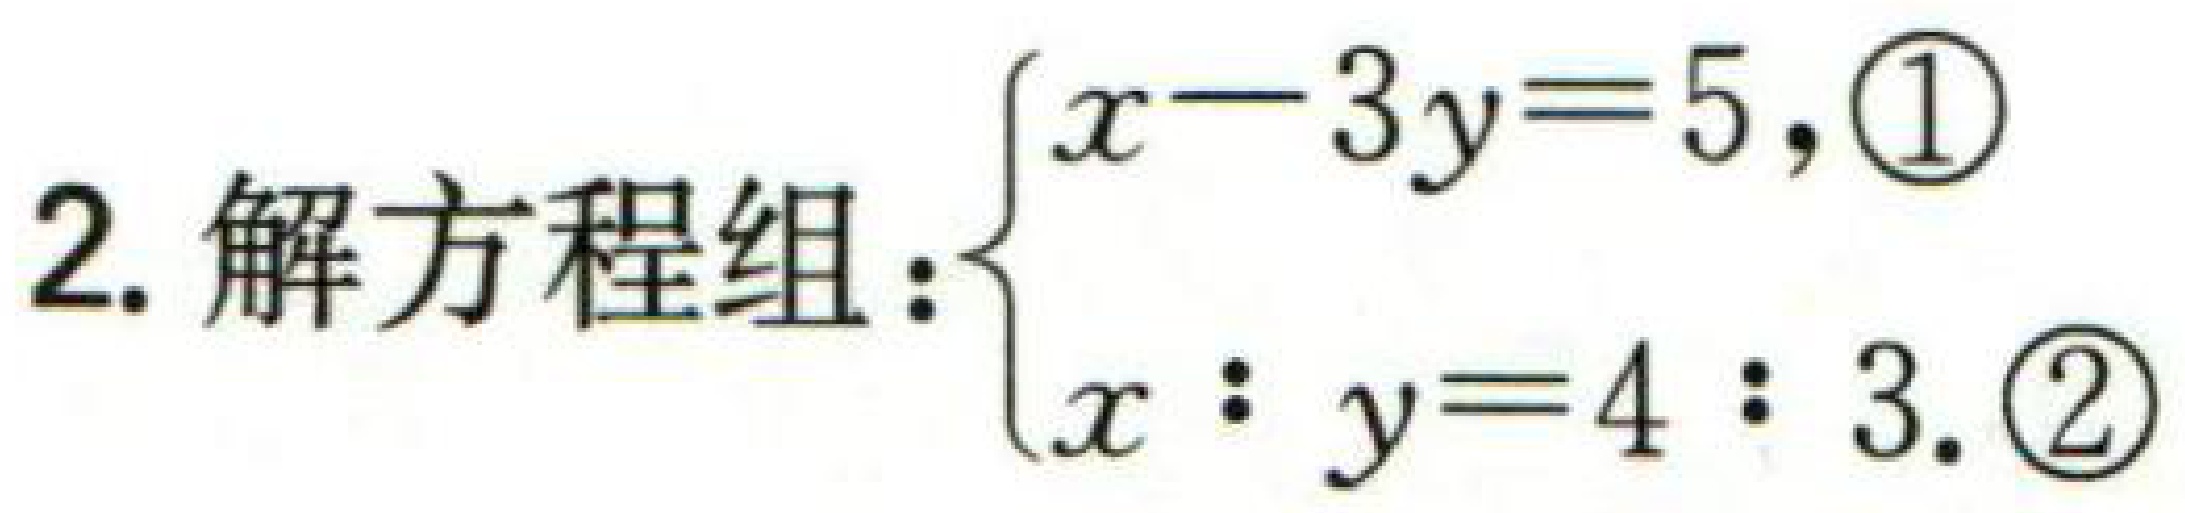
2. 解方程组：\(\begin{cases}x - 3y = 5, &\textcircled{1}\\x:y = 4:3. &\textcircled{2}\end{cases}\)